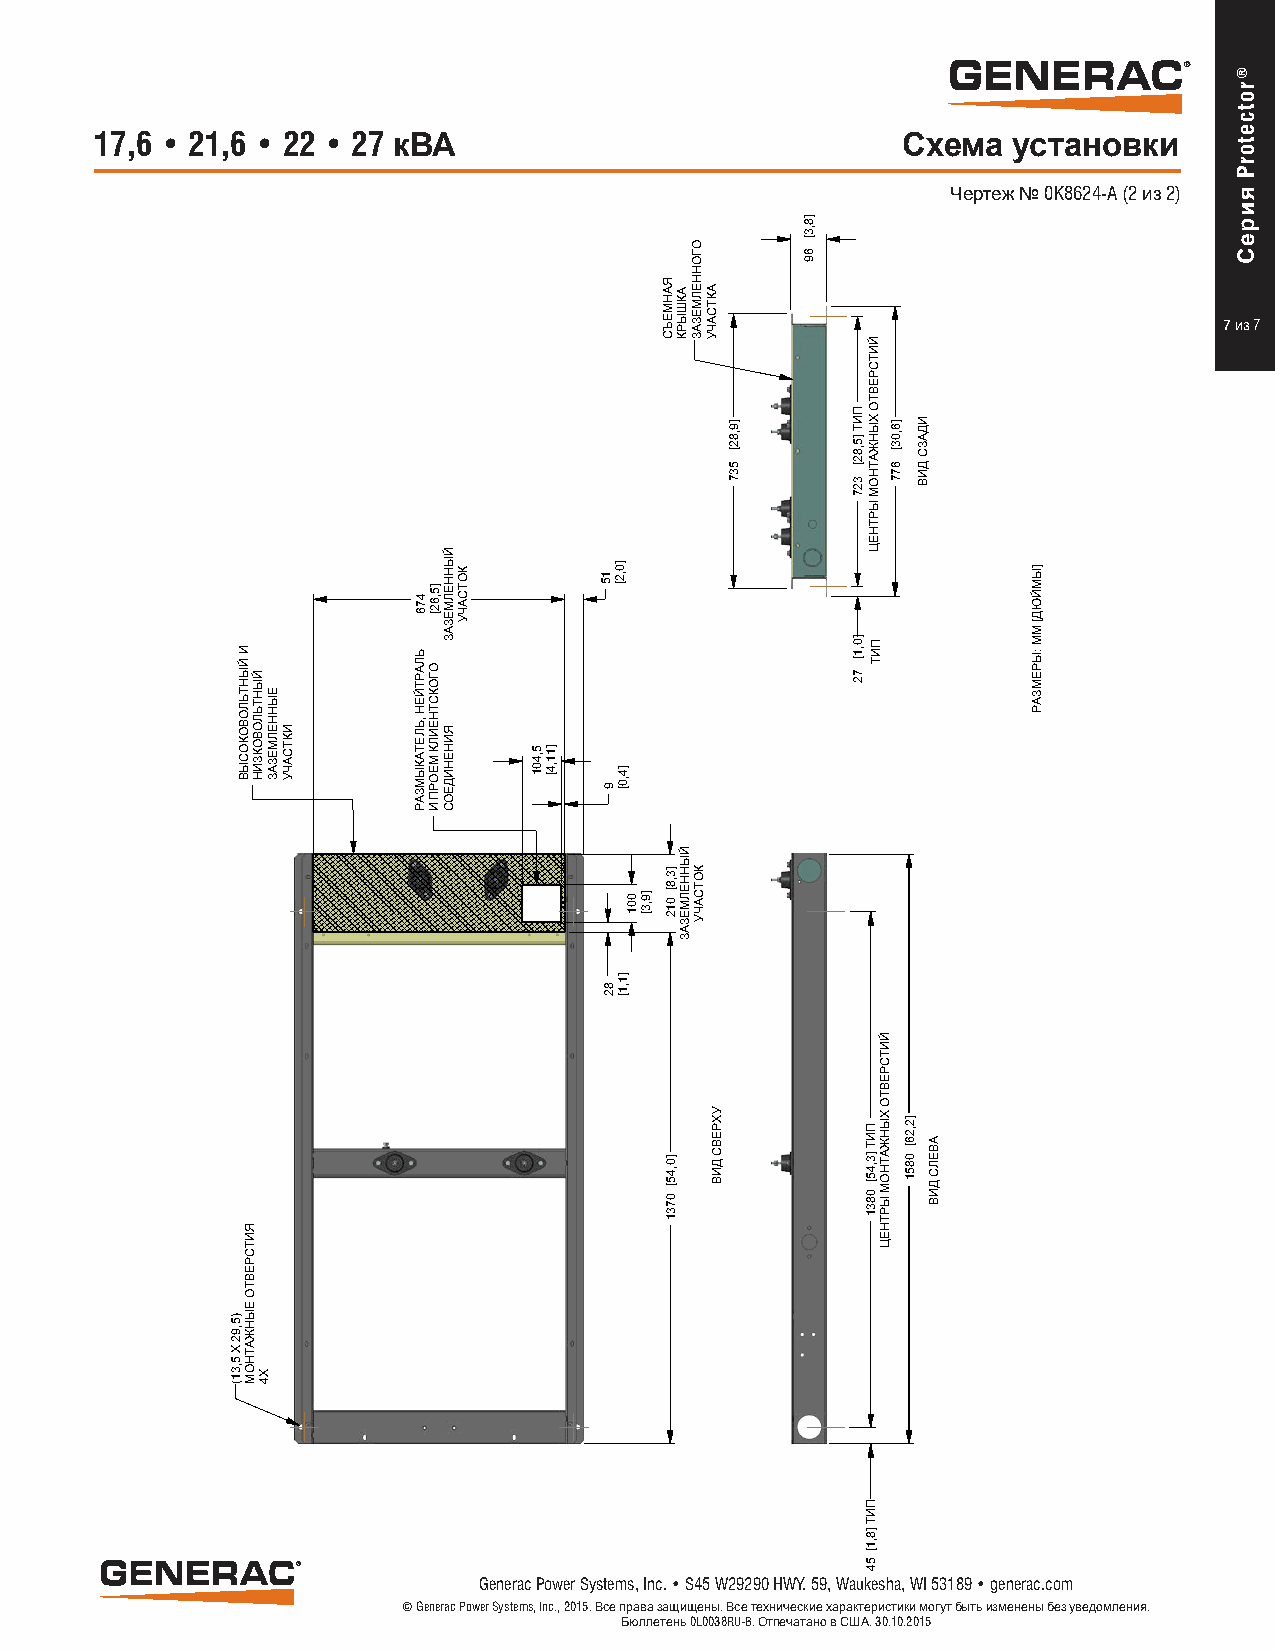
®
 17,6 • 21,6 • 22 • 27 кВА                             Схема  установки
 Чертеж № 0K8624-A (2 из 2)
 7 из 7
 ®
 Generac Power Systems, Inc. • S45 W29290 HWY. 59, Waukesha, WI 53189 • generac.com
 © Generac Power Systems, Inc., 2015. Все права защищены. Все технические характеристики могут быть изменены без уведомления.
 Бюллетень 0L0038RU-B. Отпечатано в США. 30.10.2015
 )5,92
 X
 5,31(
 И
 ЙЫНТЬЛОВОКОСЫВ
 ЯИТСРЕВТО
 ЕЫНЖАТНОМ
 ЙЫНТЬЛОВОКЗИН
 X4
 ЕЫННЕЛМЕЗАЗ
 ИКТСАЧУ
 476
 ЬЛАРТЙЕН
 ,ЬЛЕТАКЫМЗАР
 ]5,62[
 ОГОКСТНЕИЛК
 МЕОРП
 И
 ЙЫННЕЛМЕЗАЗ
 ЯИНЕНИДЕОС
 КОТСАЧУ
 5,401 ]11,4[
 15
 9
 82
 ]0,2[
 ]4,0[
 ]1,1[
 001 ]9,3[
 ЯАНМЕЪС
 ]3,8[
 012
 ]0,45[
 0731
 АКШЫРК
 ЙЫННЕЛМЕЗАЗ
 ОГОННЕЛМЕЗАЗ
 КОТСАЧУ
 АКТСАЧУ
 УХРЕВС
 ДИВ
 ]9,82[
 537
 ]8,3[
 69
 ПИТ
 ]5,82[
 327
 ]0,1[
 72
 ЙИТСРЕВТО
 ХЫНЖАТНОМ
 ЫРТНЕЦ
 ПИТ
 ПИТ
 ]3,45[
 0831
 ПИТ
 ]8,1[54
 ЙИТСРЕВТО
 ХЫНЖАТНОМ
 ЫРТНЕЦ
 ]6,03[
 677
 ]2,26[
 0851
 ИДАЗС
 ДИВ
 АВЕЛС
 ДИВ
 ]ЫМЙЮД[
 ММ
 :ЫРЕМЗАР
 ®rotcetorP
 яиреС